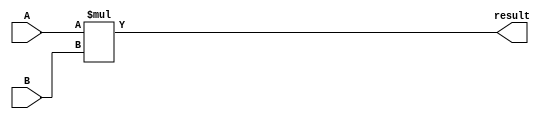
module multiplier(
    input wire [31:0] A,
    input wire [31:0] B,
    output reg [63:0] result
);

always @(*) begin
    result = A * B;
end

endmodule